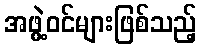
အဖွဲ့ဝင်များဖြစ်သည့်